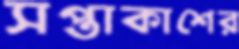
সপ্তাকাশের